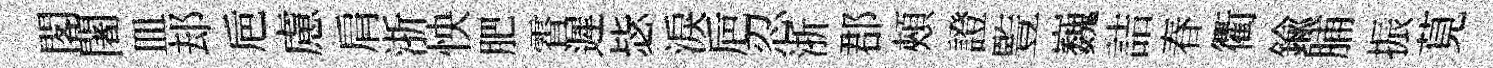
閣闍皿𨚫巵慮肩浙怏肥霄遲毖淚巵忍浙郡頰證䜿巍詰春衢鍮脯振莧